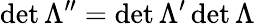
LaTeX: \operatorname*{det}\Lambda^{\prime\prime}=\operatorname*{det}\Lambda^{\prime}\operatorname*{det}\Lambda